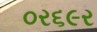
૦ર૬૯ર